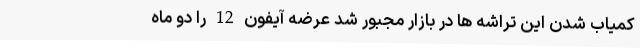
کمیاب شدنِ این تراشه ها در بازار مجبور شد عرضه آیفون 12 را دو ماه